65_HS1-834228961_62-HQ-83894_Section_6
Agency: FBI
Page 232
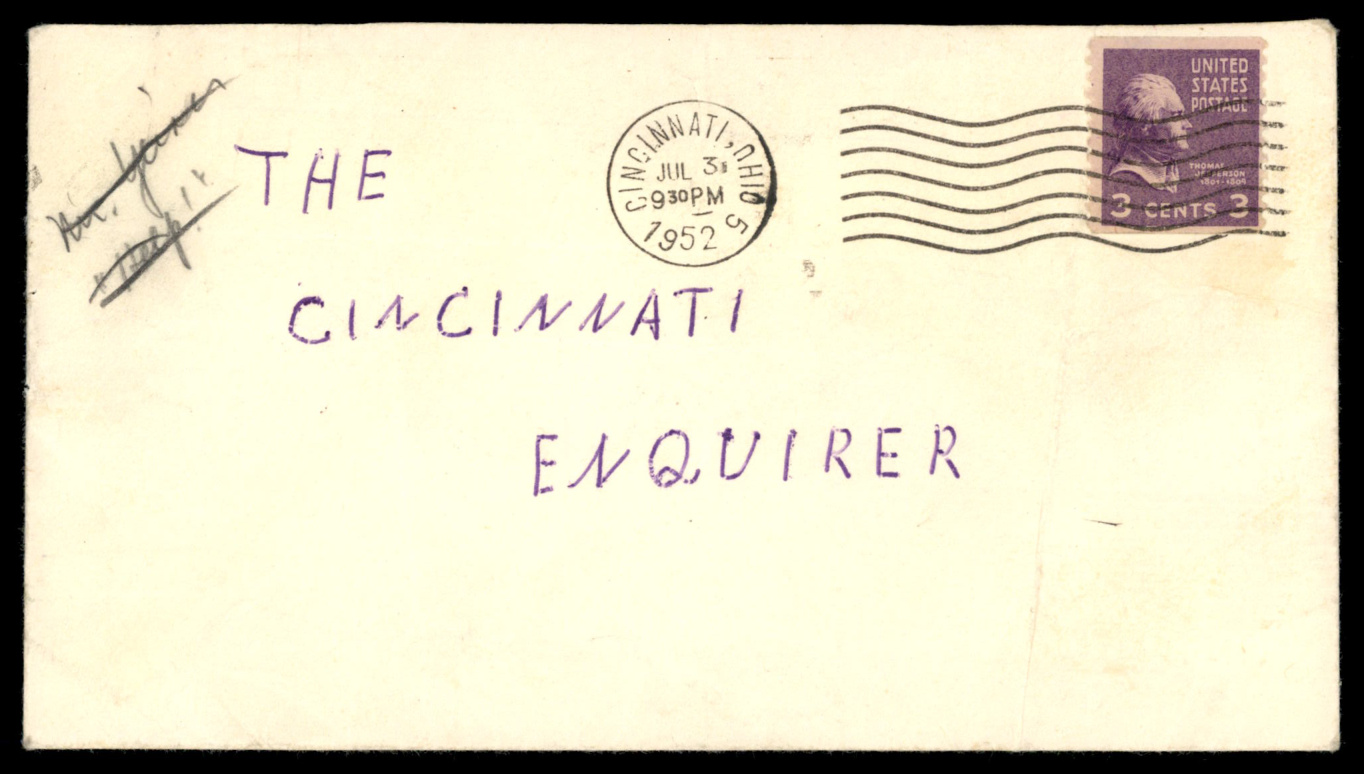